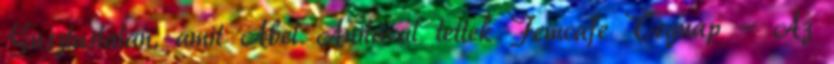
Gusztustalan, amit Ábel Anitával tettek Femcafe Tegnap - Az